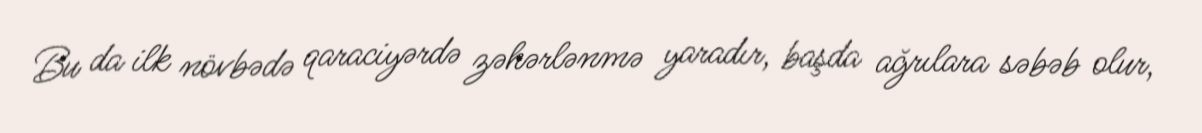
Bu da ilk növbədə qaraciyərdə zəhərlənmə yaradır, başda ağrılara səbəb olur,